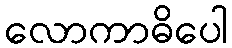
လောကာဓိပေါ